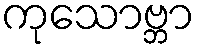
ကုသောဗ္ဘာ